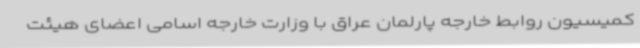
کمیسیون روابط خارجه پارلمان عراق با وزارت خارجه اسامی اعضای هیئت